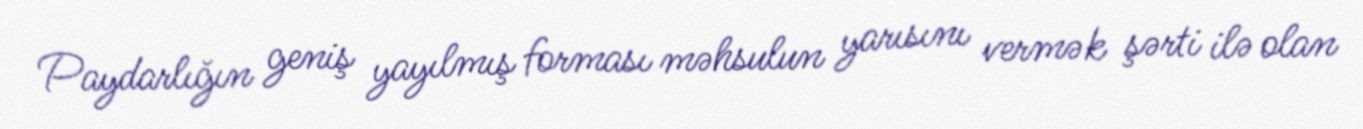
Paydarlığın geniş yayılmış forması məhsulun yarısını vermək şərti ilə olan